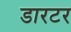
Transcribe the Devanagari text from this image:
डारटर